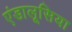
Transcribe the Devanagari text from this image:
एंडालूसिया